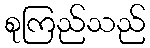
စုကြည်သည်